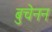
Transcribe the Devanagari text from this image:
बुचेनन